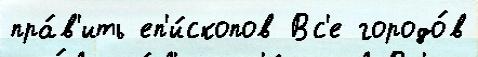
пра́в'ить еп'и́скопов Вс'е городо́в